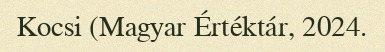
Kocsi (Magyar Értéktár, 2024.